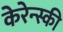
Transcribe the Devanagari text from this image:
केरेन्स्की